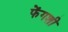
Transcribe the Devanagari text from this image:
फेंगशी